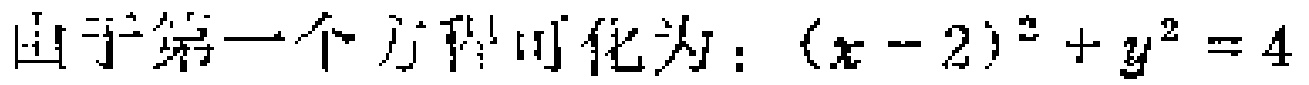
由于第一个方程可化为：\((x - 2)^2 + y^2 = 4\)